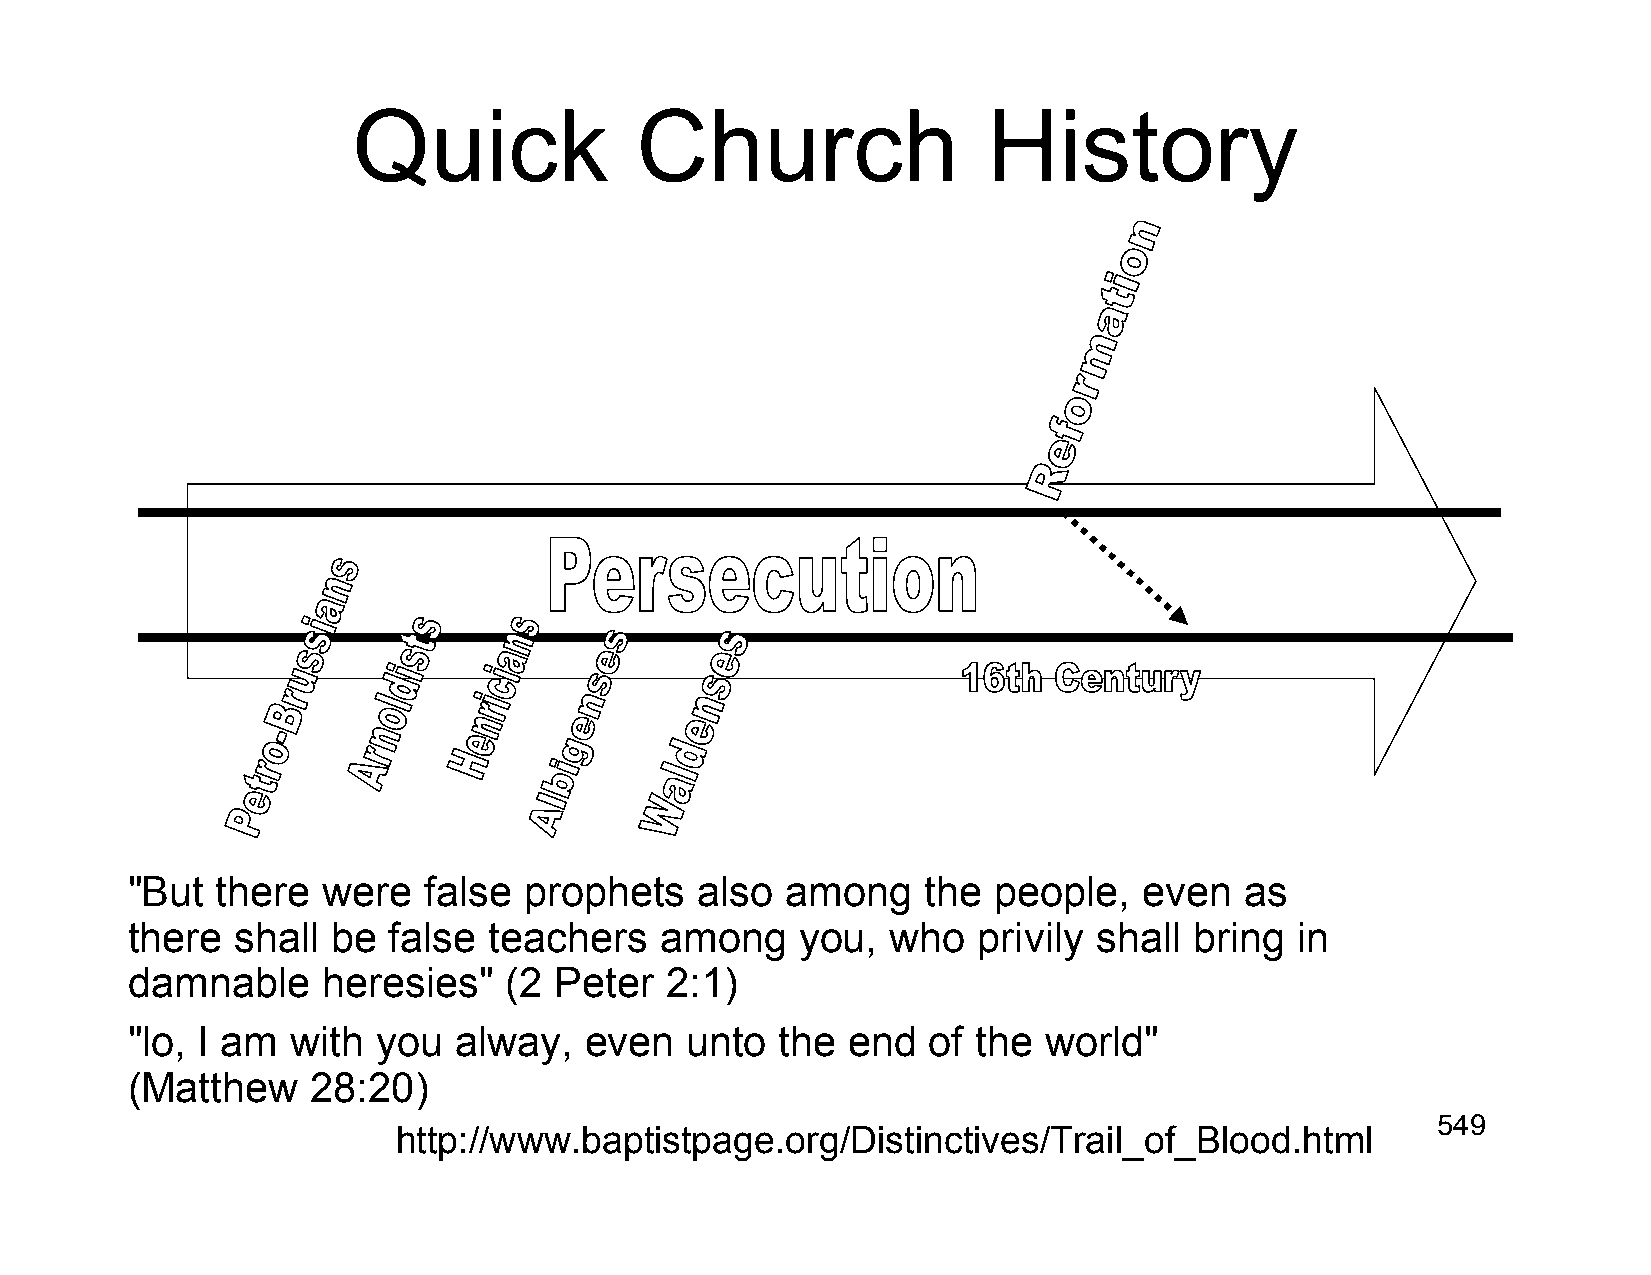
Quick              Church                 History
 "But  there  were   false  prophets   also  among    the  people,   even  as
 there  shall  be  false teachers    among    you,  who   privily shall bring  in
 damnable     heresies"   (2  Peter  2:1)
 "lo, I am  with  you  alway,   even  unto   the end  of  the world"
 (Matthew     28:20)
 549
 http://www.baptistpage.org/Distinctives/Trail_of_Blood.html